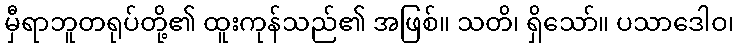
မှီရာဘူတရုပ်တို့၏ ထူးကုန်သည်၏ အဖြစ်။ သတိ၊ ရှိသော်။ ပသာဒေါဝ၊